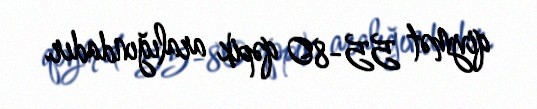
qiymət 55-80 qəpik aralığındadır.